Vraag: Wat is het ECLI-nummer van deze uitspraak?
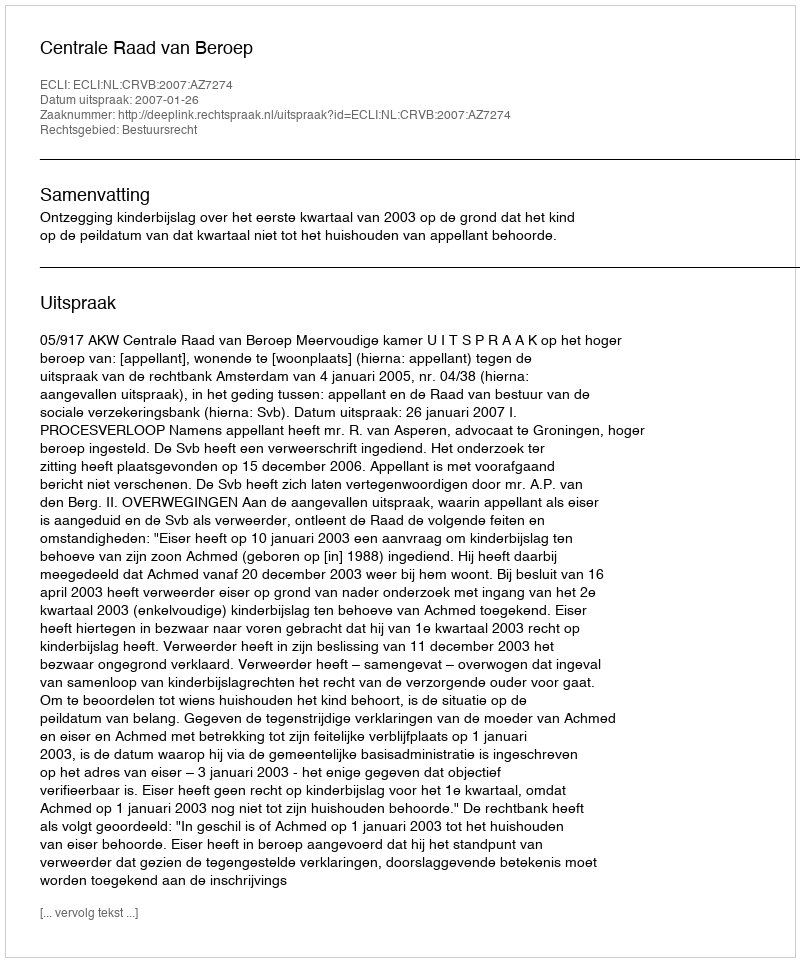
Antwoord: ECLI:NL:CRVB:2007:AZ7274